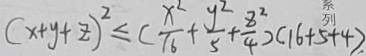
( x + y + z ) ^ { 2 } \leq ( \frac { x ^ { 2 } } { 1 6 } + \frac { y ^ { 2 } } { 5 } + \frac { 8 ^ { 2 } } { 4 } ) ( 1 6 + 5 + 4 ) .